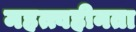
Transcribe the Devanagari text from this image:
महत्त्वहीनता